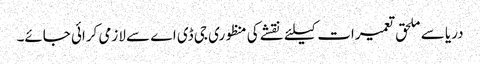
دریا سے ملحق تعمیرات کیلئے نقشے کی منظوری جی ڈی اے سے لازمی کرائی جائے۔